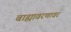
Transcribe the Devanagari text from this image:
बाह्यावरणावर